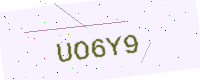
Text: UO6Y9